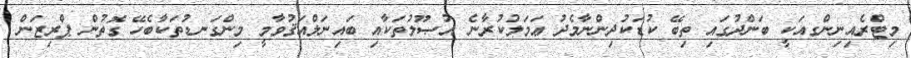
މިޓްރެއިނިންގއަކީ ބަންދުގައި ތިބޭ ކުޑަކުދިންނާމެދު ޢަމަލުކުރާނެ އުޞޫލުތަކާއި ބައިނަލްއަޤުވާމީ މިންގަނޑުތަކާބެހޭ ގޮތުން ޕްރިޒަން